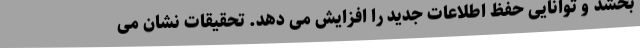
بخشد و توانایی حفظ اطلاعات جدید را افزایش می دهد. تحقیقات نشان می